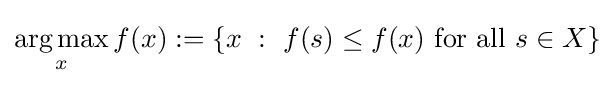
{\underset {x}{\operatorname {arg\,max} }}\,f(x):=\{x~:~f(s)\leq f(x){\text{ for all }}s\in X\}